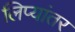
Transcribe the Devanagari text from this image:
लिप्यांतर